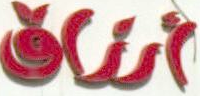
أرزاق